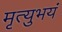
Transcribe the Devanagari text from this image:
मृत्युभयं